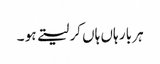
ہر بار ہاں ہاں کر لیتے ہو ۔